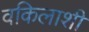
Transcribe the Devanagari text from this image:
वकिलाशी